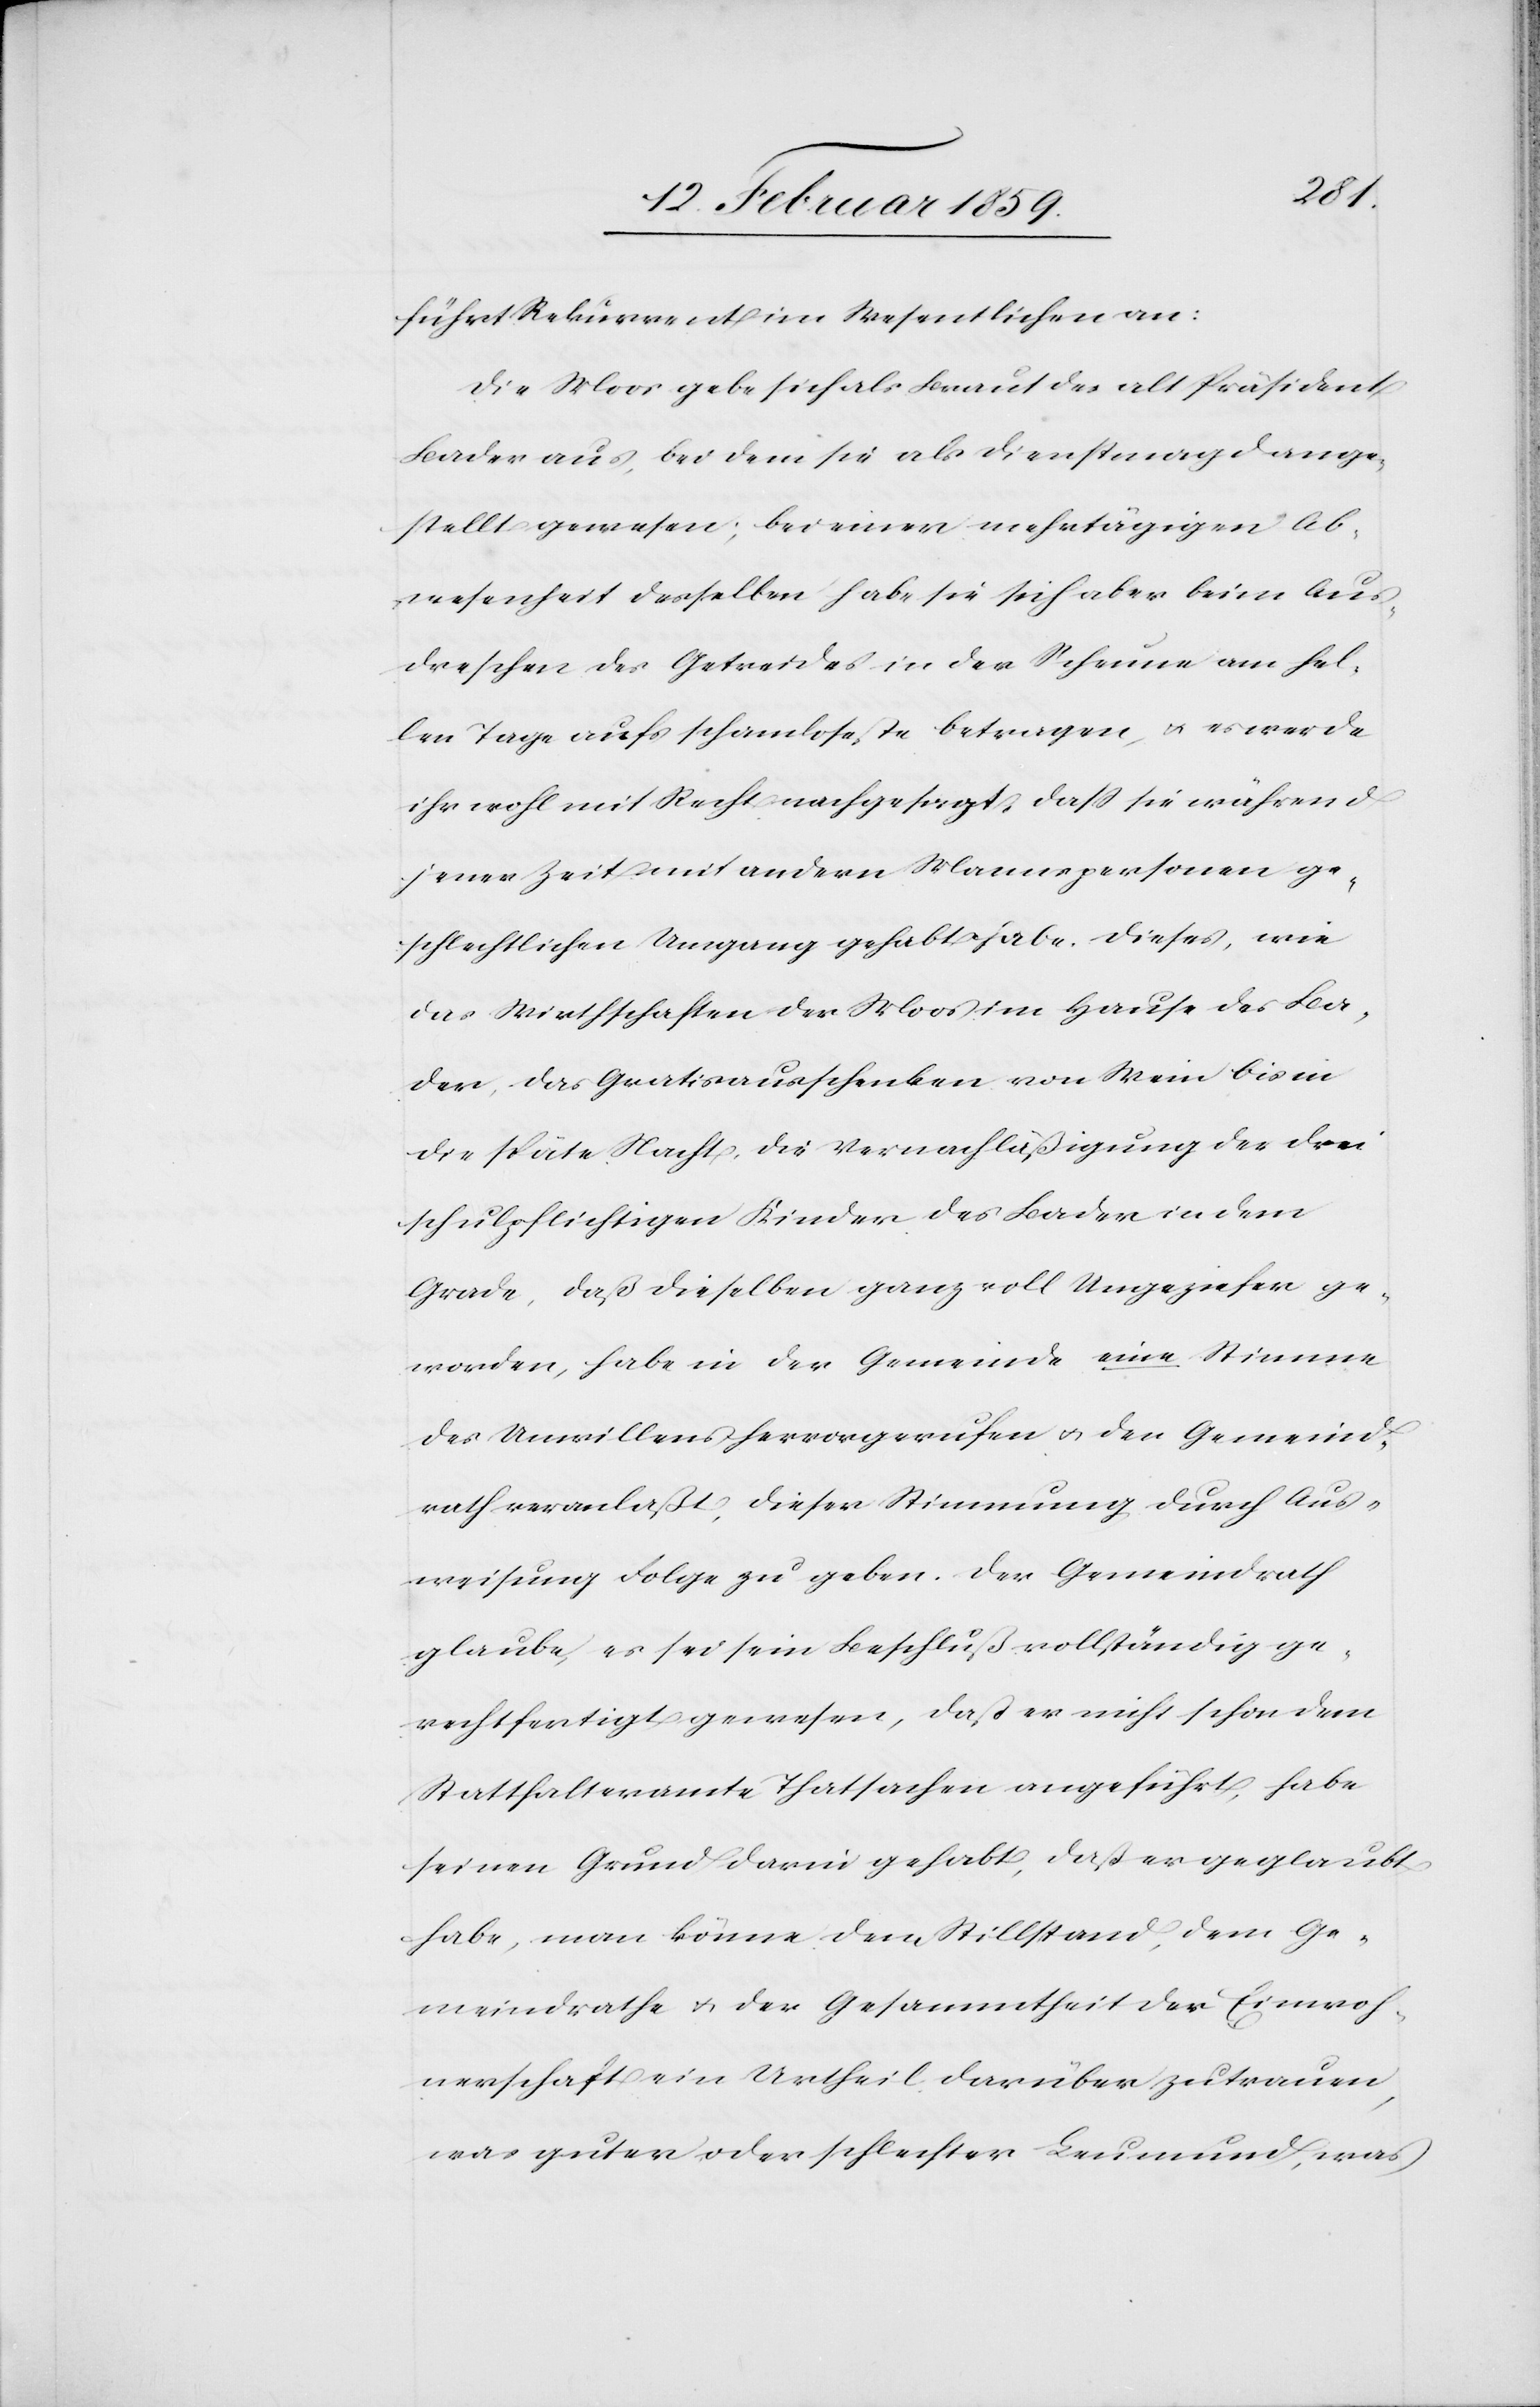
führt Rekurrent im Wesentlichen an:
Die Moos gebe sich als Braut des alt Präsident
Bader aus, bei dem sie als Dienstmagd ange¬
stellt gewesen; bei einer mehrtägigen Ab¬
wesenheit desselben habe sie sich aber beim Aus¬
dreschen des Getreides in der Scheune am hel¬
len Tage aufs schamloseste betragen, u. es werde
ihr wohl mit Recht nachgesagt, daß sie während
jener Zeit mit andern Mannspersonen ge¬
schlechtlichen Umgang gehabt habe. Dieses, wie
das Wirthschaften der Moos im Hause des Ba¬
der, das Gratisausschenken von Wein bis in
die späte Nacht, die Vernachläßigung der drei
schulpflichtigen Kinder des Bader in dem
Grade, daß dieselben ganz voll Ungeziefer ge¬
worden, habe in der Gemeinde eine Stimme
des Unwillens hervorgerufen u. den Gemeind¬
rath veranlaßt, dieser Stimmung durch Aus¬
weisung Folge zu geben. Der Gemeindrath
glaube, es sei sein Beschluß vollständig ge¬
rechtfertigt gewesen, daß er nicht schon dem
Statthalteramte Thatsachen angeführt, habe
seinen Grund darin gehabt, daß er geglaubt
habe, man könne dem Stillstand, dem Ge¬
meindrathe u. der Gesammtheit der Einwoh¬
nerschaft ein Urtheil darüber zutrauen,
was guter oder schlechter Leumund, was